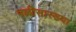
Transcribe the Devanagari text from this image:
नळीसारख्या